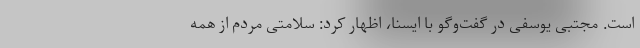
است. مجتبی یوسفی در گفت‌وگو با ایسنا، اظهار کرد: سلامتی مردم از همه